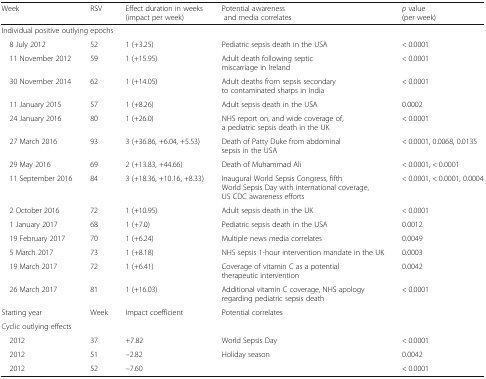
<table><thead><tr><td><b>Week</b></td><td><b>RSV</b></td><td><b>Effect duration in weeks (impact per week)</b></td><td><b>Potential awareness and media correlates</b></td><td><b><i>p</i> value (per week)</b></td></tr></thead><tbody><tr><td colspan="5">Individual positive outlying epochs</td></tr><tr><td> 8 July 2012</td><td>52</td><td>1 (+3.25)</td><td>Pediatric sepsis death in the USA</td><td>&lt; 0.0001</td></tr><tr><td> 11 November 2012</td><td>59</td><td>1 (+15.95)</td><td>Adult death following septic miscarriage in Ireland</td><td>&lt; 0.0001</td></tr><tr><td> 30 November 2014</td><td>62</td><td>1 (+14.05)</td><td>Adult deaths from sepsis secondary to contaminated sharps in India</td><td>&lt; 0.0001</td></tr><tr><td> 11 January 2015</td><td>57</td><td>1 (+8.26)</td><td>Adult sepsis death in the USA</td><td>0.0002</td></tr><tr><td> 24 January 2016</td><td>80</td><td>1 (+26.0)</td><td>NHS report on, and wide coverage of, a pediatric sepsis death in the UK</td><td>&lt; 0.0001</td></tr><tr><td> 27 March 2016</td><td>93</td><td>3 (+36.86, +6.04, +5.53)</td><td>Death of Patty Duke from abdominal sepsis in the USA</td><td>&lt; 0.0001, 0.0068, 0.0135</td></tr><tr><td> 29 May 2016</td><td>69</td><td>2 (+13.83, +44.66)</td><td>Death of Muhammad Ali</td><td>&lt; 0.0001, &lt; 0.0001</td></tr><tr><td> 11 September 2016</td><td>84</td><td>3 (+18.36, +10.16, +8.33)</td><td>Inaugural World Sepsis Congress, fifth World Sepsis Day with international coverage, US CDC awareness efforts</td><td>&lt; 0.0001, &lt; 0.0001, 0.0004</td></tr><tr><td> 2 October 2016</td><td>72</td><td>1 (+10.95)</td><td>Adult sepsis death in the UK</td><td>&lt; 0.0001</td></tr><tr><td> 1 January 2017</td><td>68</td><td>1 (+7.0)</td><td>Pediatric sepsis death in the USA</td><td>0.0012</td></tr><tr><td> 19 February 2017</td><td>70</td><td>1 (+6.24)</td><td>Multiple news media correlates</td><td>0.0049</td></tr><tr><td> 5 March 2017</td><td>73</td><td>1 (+8.18)</td><td>NHS sepsis 1-hour intervention mandate in the UK</td><td>0.0003</td></tr><tr><td> 19 March 2017</td><td>72</td><td>1 (+6.41)</td><td>Coverage of vitamin C as a potential therapeutic intervention</td><td>0.0042</td></tr><tr><td> 26 March 2017</td><td>81</td><td>1 (+16.03)</td><td>Additional vitamin C coverage, NHS apology regarding pediatric sepsis death</td><td>&lt; 0.0001</td></tr><tr><td>Starting year</td><td>Week</td><td>Impact coefficient</td><td>Potential correlates</td><td></td></tr><tr><td colspan="3">Cyclic outlying effects</td><td></td><td></td></tr><tr><td> 2012</td><td>37</td><td>+7.82</td><td>World Sepsis Day</td><td>&lt; 0.0001</td></tr><tr><td> 2012</td><td>51</td><td>–2.82</td><td rowspan="2">Holiday season</td><td>0.0042</td></tr><tr><td> 2012</td><td>52</td><td>–7.60</td><td>&lt; 0.0001</td></tr></tbody></table>